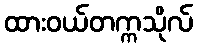
ထားဝယ်တက္ကသိုလ်